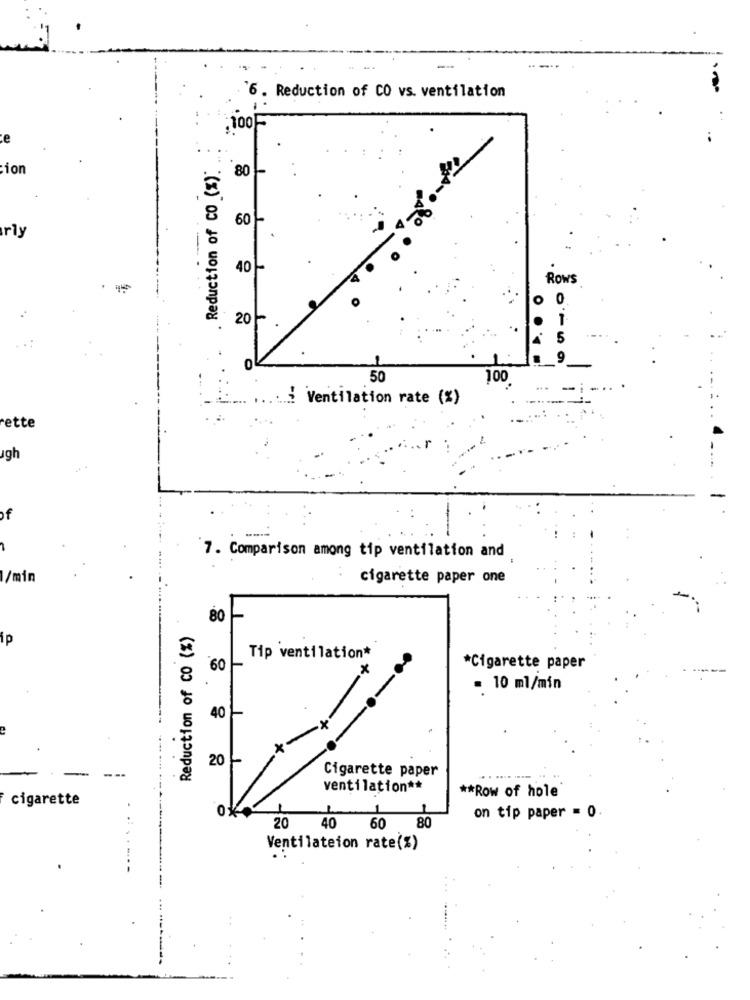
6. Reduction of CO vs. ventilation
:100F
Reduction of CO (%):
ion
80
60
rly
40
ROWS
0
20-
50
100
... Ventilation rate (%)
rette
ugh
if
7. Comparison among tip ventilation and
/min
cigarette paper one
80
Reduction of CO (%)
ip
Tip ventilation*
60
*
*Cigarette paper
- 10 ml/min
40
20
Cigarette paper
ventilation **
cigarette
** Row of hole
on tip paper = 0
20
40
60
80
Ventilateion rate(%)